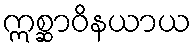
ဣစ္ဆာဝိနယာယ